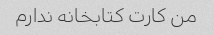
من کارت کتابخانه ندارم